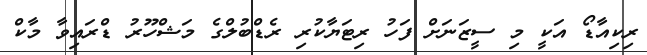
ރިކިއާޑޯ އަކީ މި ސީޒަނަށް ފަހު ރިޓަޔާކުރި ރެޑްބުލްގެ މަޝްހޫރު ޑްރައިވާ މާކް